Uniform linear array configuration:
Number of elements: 8
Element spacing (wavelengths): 0.5
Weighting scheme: cosine
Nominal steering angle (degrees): -30
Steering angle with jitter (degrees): -28.816
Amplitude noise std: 0.05
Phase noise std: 0.05

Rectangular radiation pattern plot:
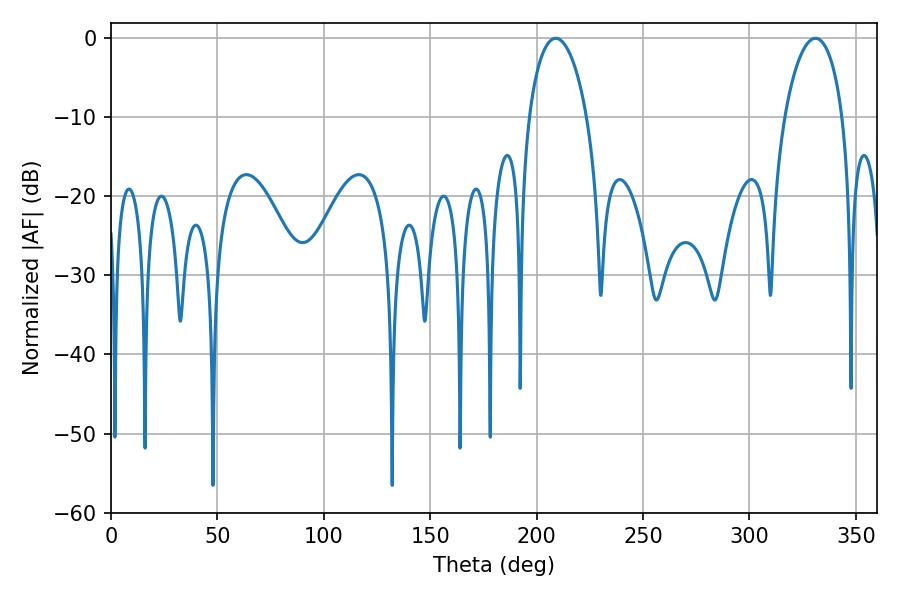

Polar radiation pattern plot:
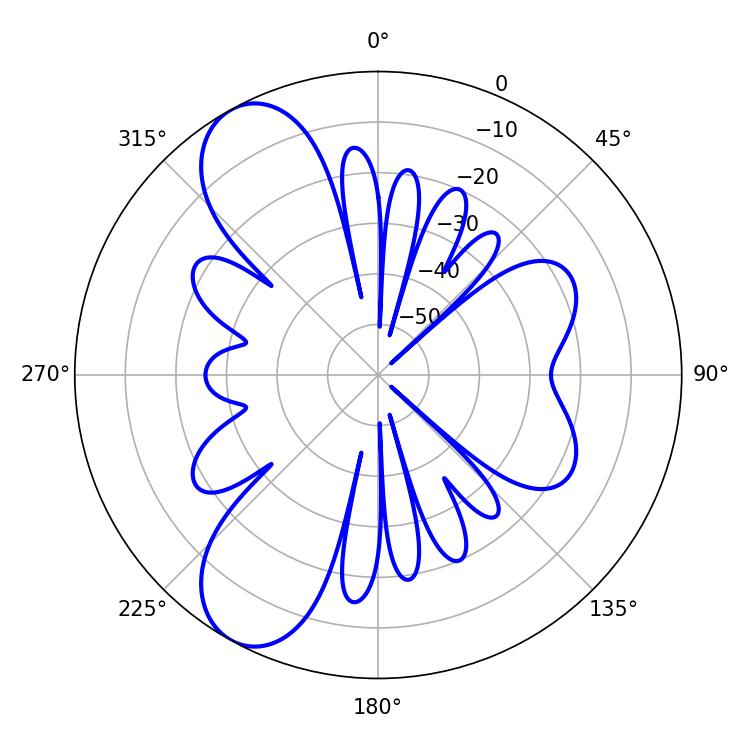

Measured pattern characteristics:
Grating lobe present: FALSE
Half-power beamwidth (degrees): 15.48
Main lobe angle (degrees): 208.98